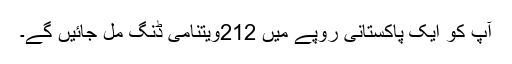
آپ کو ایک پاکستانی روپے میں 212ویتنامی ڈنگ مل جائیں گے۔